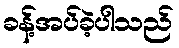
ခန့်အပ်ခဲ့ပါသည်